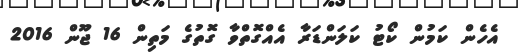
އެހެން ކަމުން ކޯޓު ކަލަންޑަރާ އެއްގޮތްވާ ގޮތުގެ މަތިން 16 ޖޫން 2016